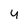
Character: 4